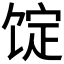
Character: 𩠆